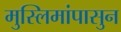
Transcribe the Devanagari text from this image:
मुस्लिमांपासुन